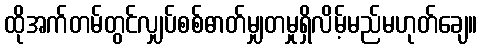
ထိုအက်တမ်တွင်လျှပ်စစ်ဓာတ်မျှတမှုရှိလိမ့်မည်မဟုတ်ချေ။